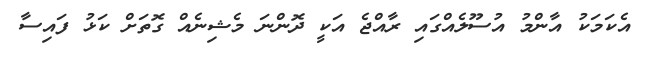
އެކަމަކު އާންމު އުސޫލެއްގައި ރާއްޖެ އަކީ ދޮންނަ މެޝިނެއް ގޮތަށް ކަޅު ފައިސާ